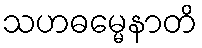
သဟဓမ္မေနာတိ